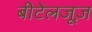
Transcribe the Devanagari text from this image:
बीटेलजूज़